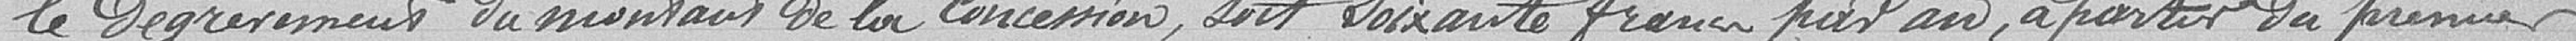
le dégrèvement du montant de concession, soit soixante francs par an, à partir de premier